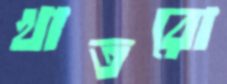
খাতরো